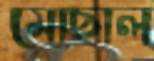
মোছাল